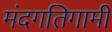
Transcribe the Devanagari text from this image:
मंदगतिगामी